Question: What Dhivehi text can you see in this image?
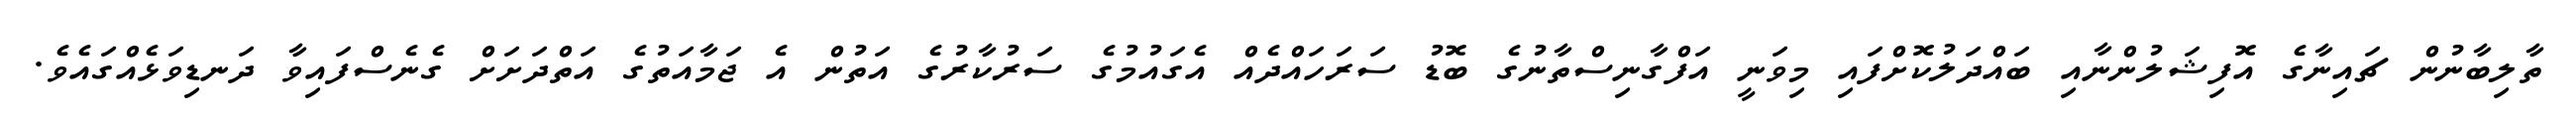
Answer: ތާލިބާނުން ޗައިނާގެ އޮފިޝަލުންނާއި ބައްދަލުކޮށްފައި މިވަނީ އަފްގާނިސްތާނުގެ ބޮޑު ސަރަހައްދެއް އެގައުމުގެ ސަރުކާރުގެ އަތުން އެ ޖަމާއަތުގެ އަތްދަށަށް ގެނެސްފައިވާ ދަނޑިވަޅެއްގައެވެ.